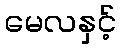
မေလနှင့်